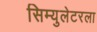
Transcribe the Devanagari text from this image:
सिम्युलेटरला